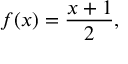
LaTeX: f ( x ) = { \frac { x + 1 } { 2 } } ,